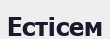
Естісем